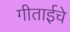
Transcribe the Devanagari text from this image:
गीताईचे